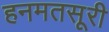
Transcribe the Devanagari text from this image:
हनमतसूरी